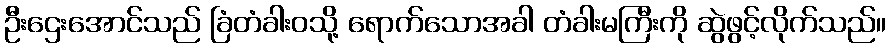
ဦးဌေးအောင်သည် ခြံတံခါးဝသို့ ရောက်သောအခါ တံခါးမကြီးကို ဆွဲဖွင့်လိုက်သည်။